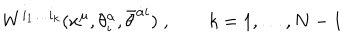
LaTeX: W ^ { i _ { 1 } \ldots i _ { k } } ( x ^ { \mu } , \theta _ { i } ^ { \alpha } , \bar { \theta } ^ { \dot { \alpha } i } ) \; , \qquad k = 1 , \ldots , N - 1